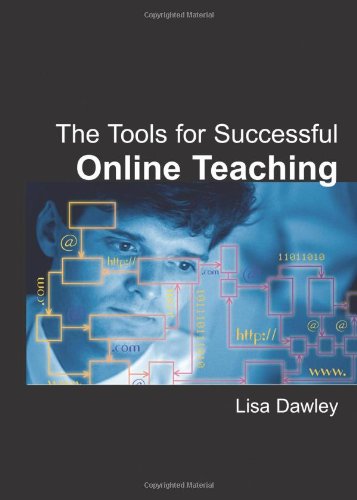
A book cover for The Tools for Successful Online Teaching; Lisa Dawley; Computers & Technology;